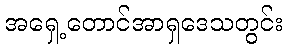
အရှေ့တောင်အာရှဒေသတွင်း